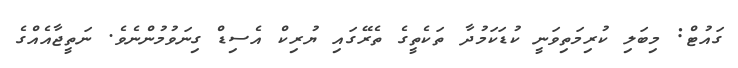
ގައުޓް: މިބަލި ކުރިމަތިވަނީ ކުޑަކަމުދާ ތަކެތީގެ ތެރޭގައި ޔުރިކް އެސިޑް ގިނަވުމުންނެވެ. ނަތީޖާއެއްގެ